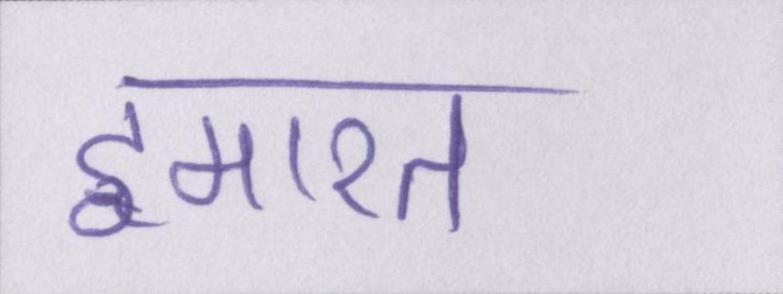
इमारत